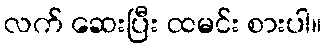
လက် ဆေးပြီး ထမင်း စားပါ။